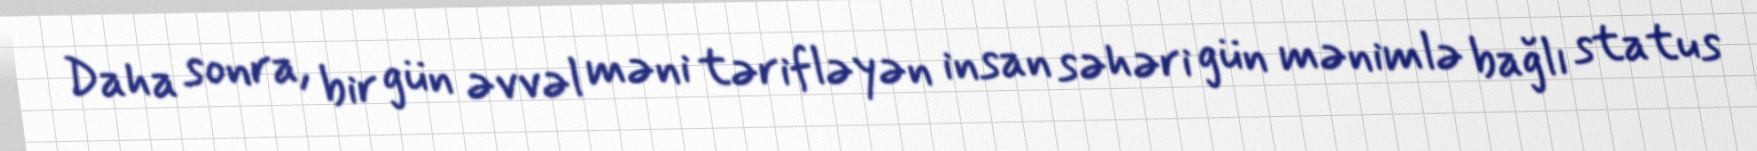
Daha sonra, bir gün əvvəl məni tərifləyən insan səhəri gün mənimlə bağlı status